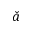
\check { a }